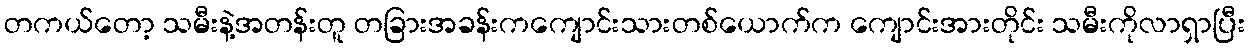
တကယ်တော့ သမီးနဲ့အတန်းတူ တခြားအခန်းကကျောင်းသားတစ်ယောက်က ကျောင်းအားတိုင်း သမီးကိုလာရှာပြီး